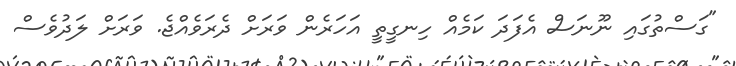
"ގަސްތުގައި ނޫނަސް އެފަދަ ކަމެއް ހިނގީތީ އަހަރެން ވަރަށް ދެރަވެއްޖެ. ވަރަށް ލަދުވެސް